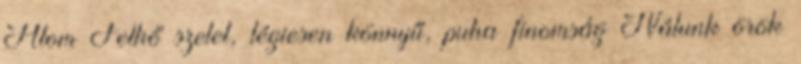
Atom Felhő szelet, légiesen könnyű, puha finomság Nálunk örök